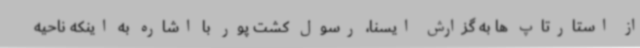
از استارتاپ ها به گزارش ایسنا، رسول کشت پور با اشاره به اینکه ناحیه